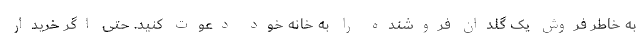
به خاطر فروش یک گلدان فروشنده را به خانه خود دعوت کنید. حتی اگر خریدار